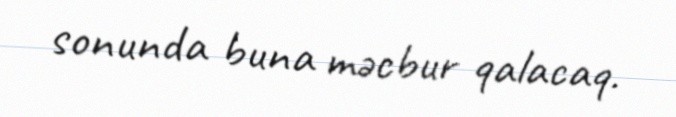
sonunda buna məcbur qalacaq.